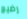
رضيع